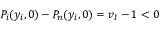
P _ { i } ( y _ { i } , 0 ) - P _ { n } ( y _ { i } , 0 ) = v _ { I } - 1 < 0